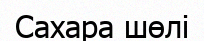
Сахара шөлі